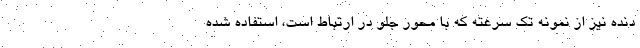
دنده نیز از نمونه تک سرعته که با محور جلو در ارتباط است، استفاده شده